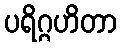
ပရိဂ္ဂဟိတာ